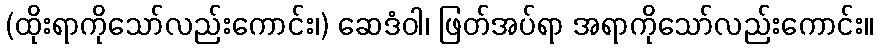
(ထိုးရာကိုသော်လည်းကောင်း၊) ဆေဒံဝါ၊ ဖြတ်အပ်ရာ အရာကိုသော်လည်းကောင်း။